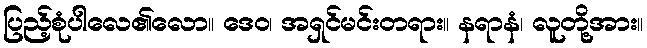
ပြည့်စုံပါလေ၏လော။ ဒေဝ၊ အရှင်မင်းတရား။ နရာနံ၊ လူတို့အား။